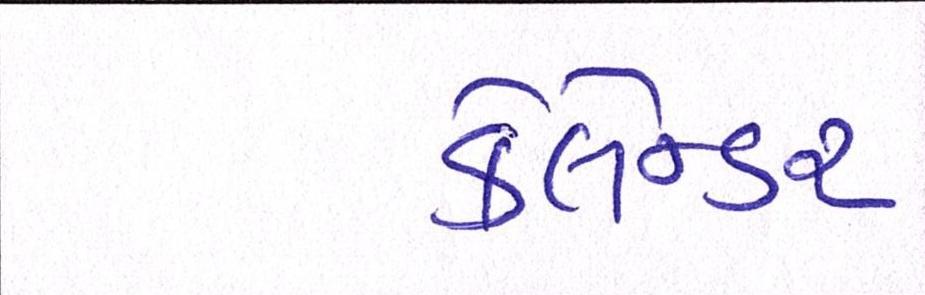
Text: કેલેન્ડર